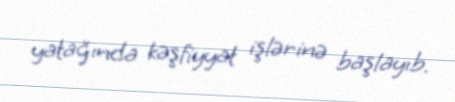
yatağında kəşfiyyat işlərinə başlayıb.